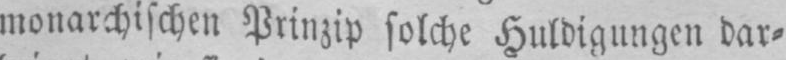
monarchischen Prinzip solche Huldigungen dar⸗